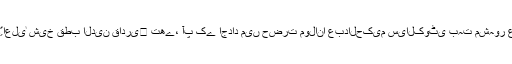
گھرانے کے جدِّ اعلیٰ شیخ قطب الدین قادری﷫ تھے، آپ کے اجداد میں حضرت مولانا عبدالحکیم سیالکوٹی بہت مشہور عالم گزرے ہیں۔